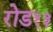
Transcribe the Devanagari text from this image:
रोड१३